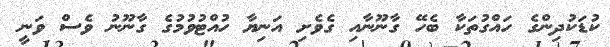
ކުޑަކުދިންގެ ހައްގުތަކާ ބެހޭ ގާނޫނާއި ގެވެށި އަނިޔާ ހުއްޓުވުމުގެ ގާނޫނު ވެސް ވަނީ